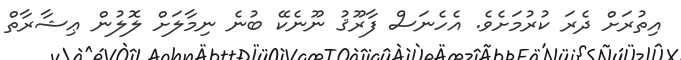
އިތުރަށް ދެރަ ކުރުމަށެވެ. އެހެނަސް ފާރޫޤު ނޫނެކޭ ބުނެ ނިމާލަށް ލޮލުން ޢިޝާރާތް